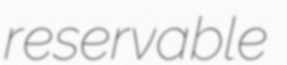
reservable